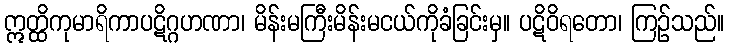
ဣတ္ထိကုမာရိကာပဋိဂ္ဂဟဏာ၊ မိန်းမကြီးမိန်းမငယ်ကိုခံခြင်းမှ။ ပဋိဝိရတော၊ ကြဉ်သည်။